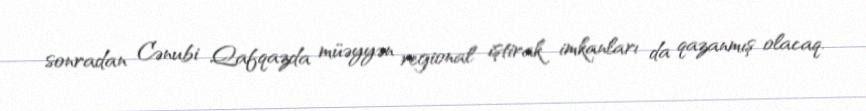
sonradan Cənubi Qafqazda müəyyən regional iştirak imkanları da qazanmış olacaq.